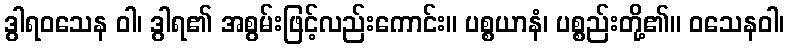
ဒွါရဝသေန ဝါ၊ ဒွါရ၏ အစွမ်းဖြင့်လည်းကောင်း။ ပစ္စယာနံ၊ ပစ္စည်းတို့၏။ ဝသေနဝါ၊